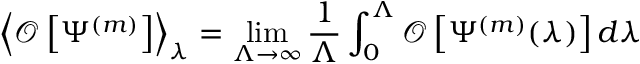
\left< \mathcal O \left[ \Psi ^ { ( m ) } \right] \right> _ { \lambda } = \operatorname* { l i m } _ { \Lambda \to \infty } \frac { 1 } { \Lambda } \int _ { 0 } ^ { \Lambda } \mathcal O \left[ \Psi ^ { ( m ) } ( \lambda ) \right] d \lambda